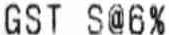
GST S@6%